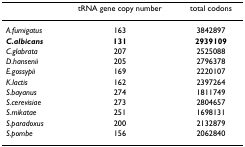
<table><thead><tr><td></td><td><b>tRNA gene copy number</b></td><td><b>total codons</b></td></tr></thead><tbody><tr><td><i>A.fumigatus</i></td><td>163</td><td>3842897</td></tr><tr><td><b><i>C.albicans</i></b></td><td><b>131</b></td><td><b>2939109</b></td></tr><tr><td><i>C.glabrata</i></td><td>207</td><td>2525088</td></tr><tr><td><i>D.hansenii</i></td><td>205</td><td>2796378</td></tr><tr><td><i>E.gossypii</i></td><td>169</td><td>2220107</td></tr><tr><td><i>K.lactis</i></td><td>162</td><td>2397264</td></tr><tr><td><i>S.bayanus</i></td><td>274</td><td>1811749</td></tr><tr><td><i>S.cerevisiae</i></td><td>273</td><td>2804657</td></tr><tr><td><i>S.mikatae</i></td><td>251</td><td>1698131</td></tr><tr><td><i>S.paradoxus</i></td><td>200</td><td>2132879</td></tr><tr><td><i>S.pombe</i></td><td>156</td><td>2062840</td></tr></tbody></table>